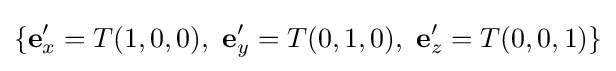
\{\mathbf {e} '_{x}=T(1,0,0),\ \mathbf {e} '_{y}=T(0,1,0),\ \mathbf {e} '_{z}=T(0,0,1)\}